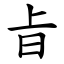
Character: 㫖